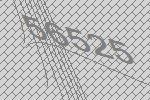
56525